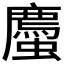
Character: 𫋡